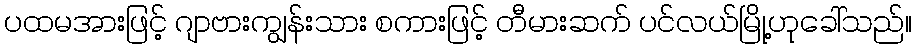
ပထမအားဖြင့် ဂျာဗားကျွန်းသား စကားဖြင့် တီမားဆက် ပင်လယ်မြို့ဟုခေါ်သည်။